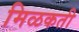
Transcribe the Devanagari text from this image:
मिळकती